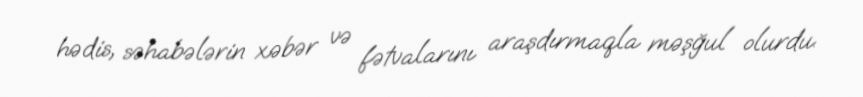
hədis, səhabələrin xəbər və fətvalarını araşdırmaqla məşğul olurdu.